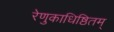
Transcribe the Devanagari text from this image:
रेणुकाधिष्ठितम्‌